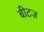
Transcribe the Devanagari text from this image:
बीटज़